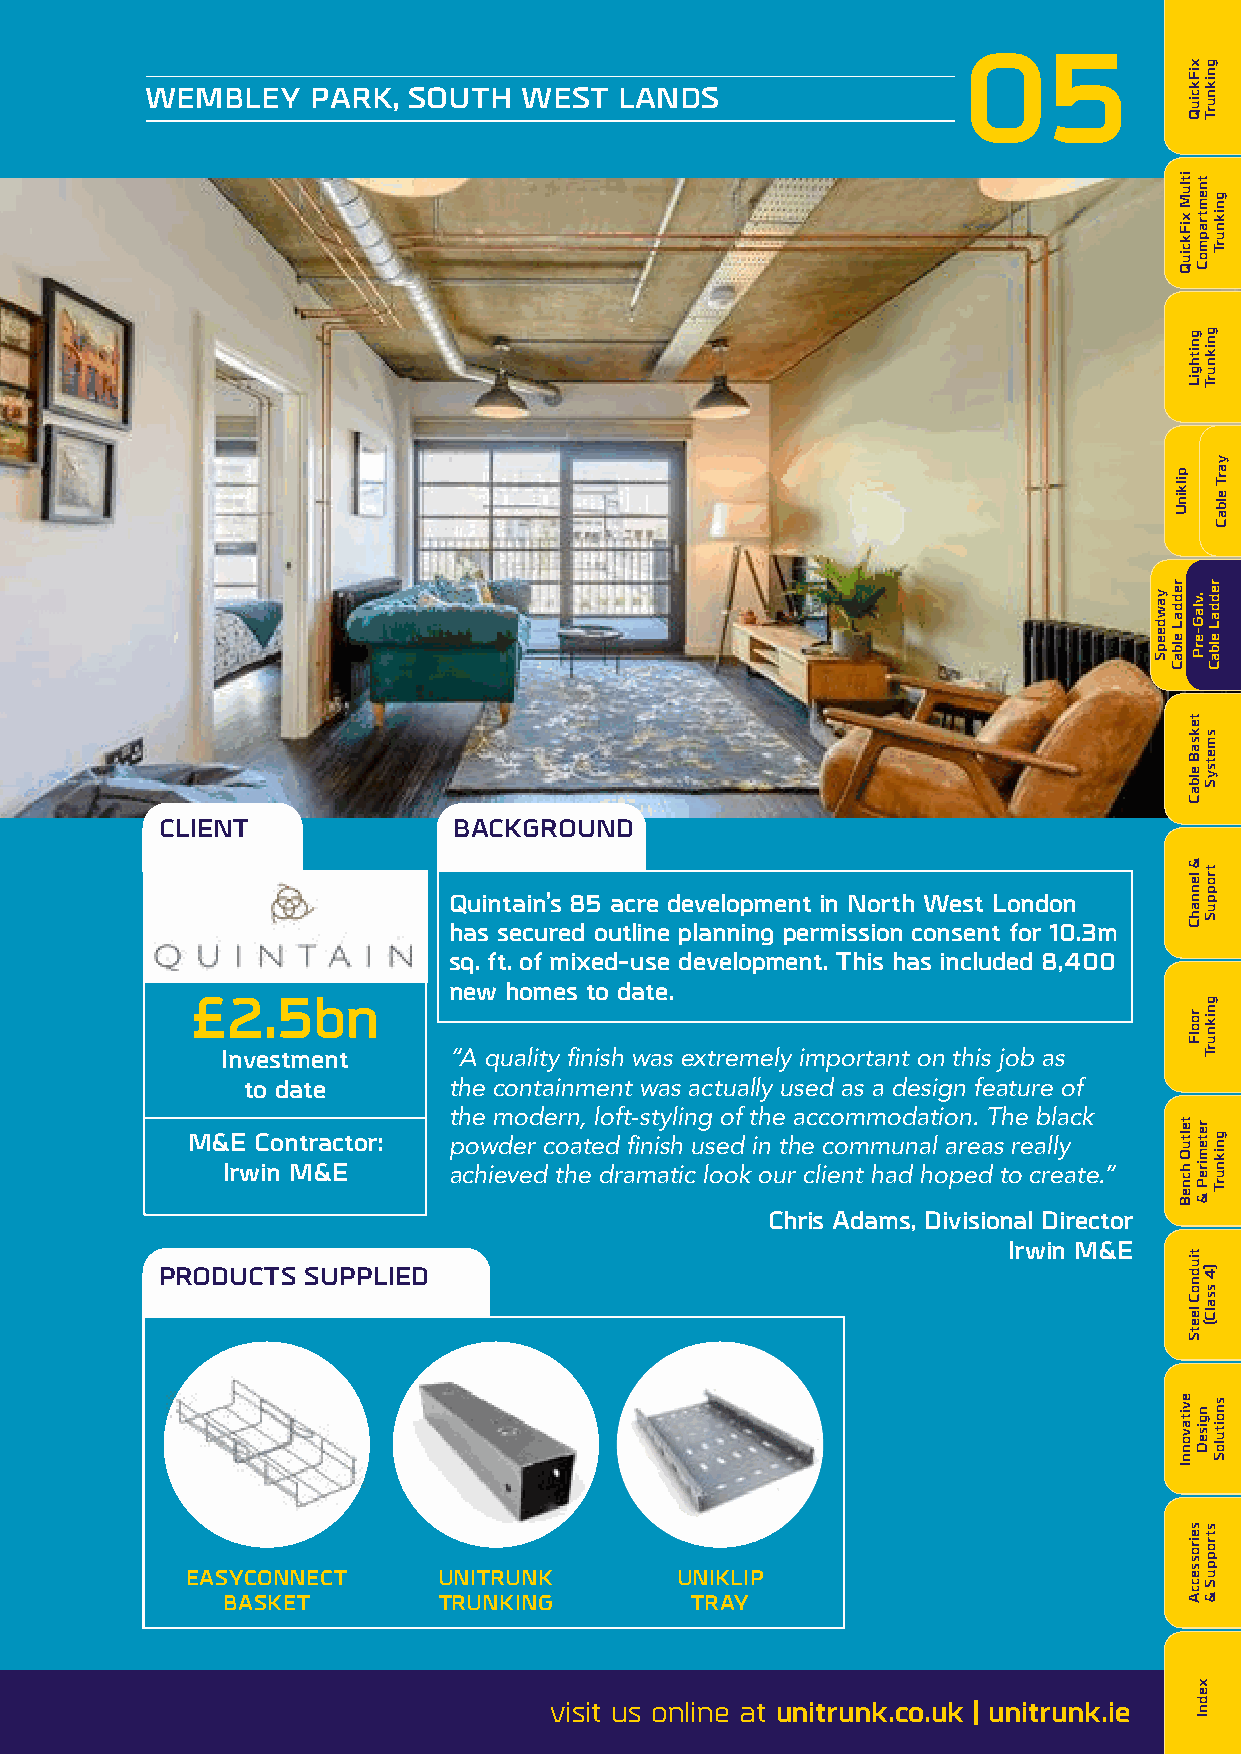
05
 WEMBLEY    PARK, SOUTH  WEST   LANDS
 CLIENT             BACKGROUND
 Quintain’s 85 acre development in North West London
 has secured outline planning permission consent for 10.3m
 sq. ft. of mixed-use development. This has included 8,400
 new homes to date.
 £2.5bn
 Investment     “A quality finish was extremely important on this job as
 to date       the containment was actually used as a design feature of
 the modern, loft-styling of the accommodation. The black
 M&E  Contractor:  powder coated finish used in the communal areas really
 Irwin M&E      achieved the dramatic look our client had hoped to create.”
 ???
 Chris Adams, Divisional Director
 Irwin M&E
 PRODUCTS SUPPLIED
 EASYCONNECT      UNITRUNK        UNIKLIP
 BASKET        TRUNKING         TRAY
 87
 visit us online at unitrunk.co.uk | unitrunk.ie
 yawdeepS
 itluM
 xiFkciuQ
 pilkinU
 reddaL
 elbaC
 teltuO
 hcneB
 evitavonnI
 xiFkciuQ
 tnemtrapmoC
 gnithgiL
 .vlaG-erP
 teksaB
 elbaC
 &
 lennahC
 roolF
 retemireP
 &
 tiudnoC
 leetS
 ngiseD
 seirosseccA
 xednI
 gniknurT
 gniknurT
 gniknurT
 yarT
 elbaC
 reddaL
 elbaC
 smetsyS
 troppuS
 gniknurT
 gniknurT
 )4
 ssalC(
 snoituloS
 stroppuS
 &